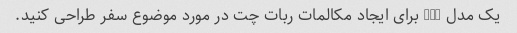
یک مدل GPT برای ایجاد مکالمات ربات چت در مورد موضوع سفر طراحی کنید.